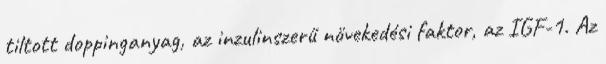
tiltott doppinganyag, az inzulinszerű növekedési faktor, az IGF-1. Az